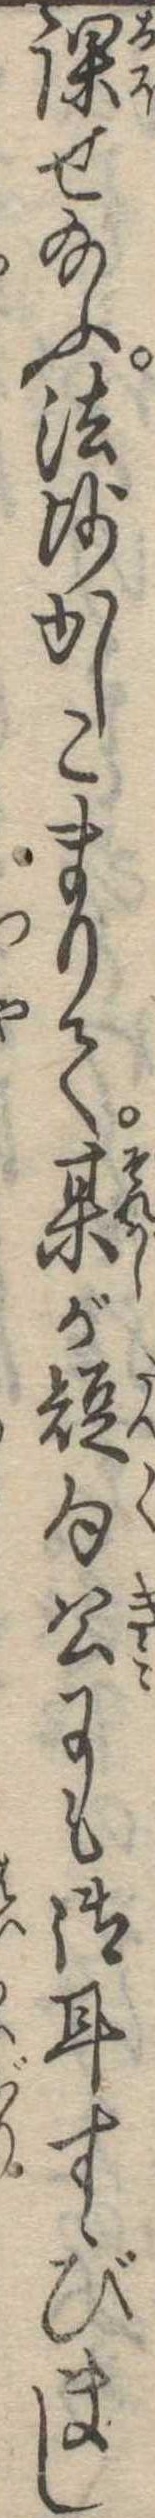
課せ給ふ法師かしこまりて某が短句公にも御耳すゝびまし